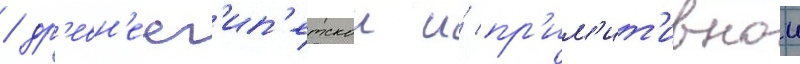
/ др'евн'еег'ип'етскои и́ пр'им'ит'ивнои